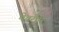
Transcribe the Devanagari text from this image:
चेवरोन